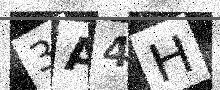
Text: 3A4H